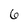
Character: 6